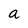
Character: a